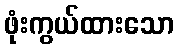
ဖုံးကွယ်ထားသော